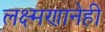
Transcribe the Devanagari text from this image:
लक्ष्मणानेही